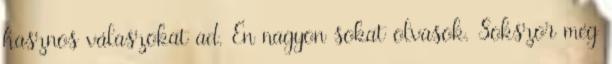
hasznos válaszokat ad. Én nagyon sokat olvasok. Sokszor még